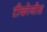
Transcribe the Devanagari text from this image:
टीकोजीस